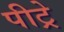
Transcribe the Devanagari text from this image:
पीट्रे